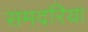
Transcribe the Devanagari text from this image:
समदरिया